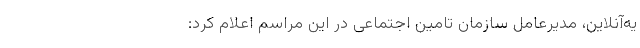
یه‌آنلاین، مدیرعامل سازمان تامین اجتماعی در این مراسم اعلام کرد: